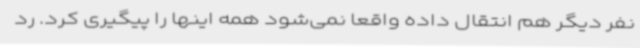
نفر دیگر هم انتقال داده واقعاً نمی‌شود همه اینها را پیگیری کرد. رد